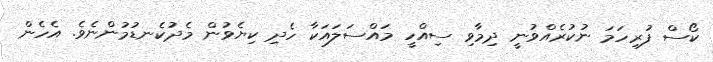
ކޯސް ފުރިހަމަ ނުކުރެއްވުނީ ދިމާވި ސިއްހީ މައްސަލައަކާ ހެދި ކިޔެވުން މެދުކެނޑުމުންނެވެ. އެހެން